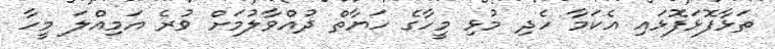
ތަޅާފޮޅަފޮޅައި އެކަމާ ހެދި މުޅި މީހާގެ ހަޔާތް ދުއްވާލުމަށް ވުރެ އަމިއްލަ މީހާ